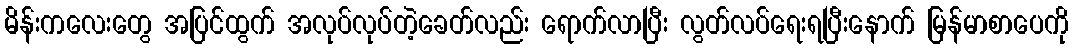
မိန်းကလေးတွေ အပြင်ထွက် အလုပ်လုပ်တဲ့ခေတ်လည်း ရောက်လာပြီး လွတ်လပ်ရေးရပြီးနောက် မြန်မာစာပေကို